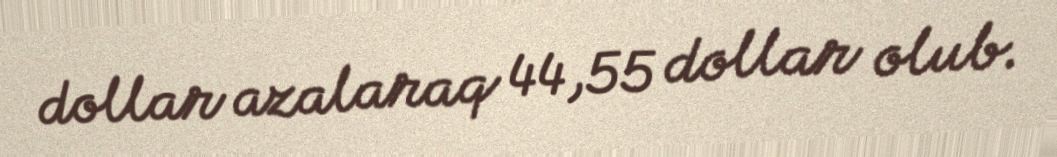
dollar azalaraq 44,55 dollar olub.